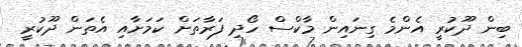
ބިން ދޫކުރީ އެންމެ ގިނައިން މާކްސް ހޯދި ފަރާތަށް ކަމަށާއި އެތަން ދޫކުރީ